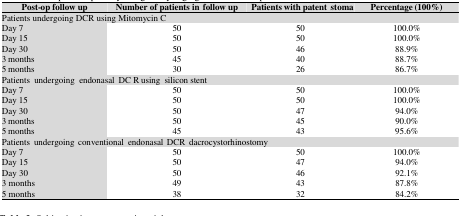
<table><thead><tr><td><b>Post-op follow up</b></td><td><b>Number of patients in follow up</b></td><td><b> Patients with patentstoma</b></td><td><b>Percentage (100%)</b></td></tr></thead><tbody><tr><td colspan="4">Patients undergoing DCR using Mitomycin C</td></tr><tr><td>Day 7</td><td>50</td><td>50</td><td>100.0%</td></tr><tr><td>Day 15</td><td>50</td><td>50</td><td>100.0%</td></tr><tr><td>Day 30</td><td>50</td><td>46</td><td>88.9%</td></tr><tr><td>3 months</td><td>45</td><td>40</td><td>88.7%</td></tr><tr><td>5 months</td><td>30</td><td>26</td><td>86.7%</td></tr><tr><td colspan="4">Patients undergoing endonasal DC R using silicon stent</td></tr><tr><td>Day 7</td><td>50</td><td>50</td><td>100.0%</td></tr><tr><td>Day 15</td><td>50</td><td>50</td><td>100.0%</td></tr><tr><td>Day 30</td><td>50</td><td>47</td><td>94.0%</td></tr><tr><td>3 months</td><td>50</td><td>45</td><td>90.0%</td></tr><tr><td>5 months</td><td>45</td><td>43</td><td>95.6%</td></tr><tr><td colspan="4">Patients undergoing conventional endonasal DCR dacrocystorhinostomy</td></tr><tr><td>Day 7</td><td>50</td><td>50</td><td>100.0%</td></tr><tr><td>Day 15</td><td>50</td><td>47</td><td>94.0%</td></tr><tr><td>Day 30</td><td>50</td><td>46</td><td>92.1%</td></tr><tr><td>3 months</td><td>49</td><td>43</td><td>87.8%</td></tr><tr><td>5 months</td><td>38</td><td>32</td><td>84.2%</td></tr></tbody></table>